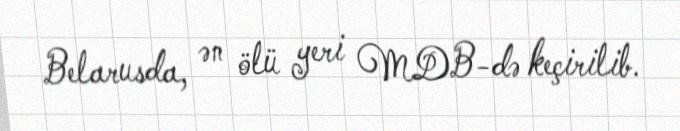
Belarusda, ən ölü yeri MDB-də keçirilib.